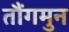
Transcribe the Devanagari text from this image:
तौंगमुन